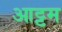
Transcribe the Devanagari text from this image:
आट्टम